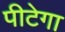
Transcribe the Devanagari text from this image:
पीटेगा